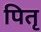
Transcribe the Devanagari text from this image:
पितृ